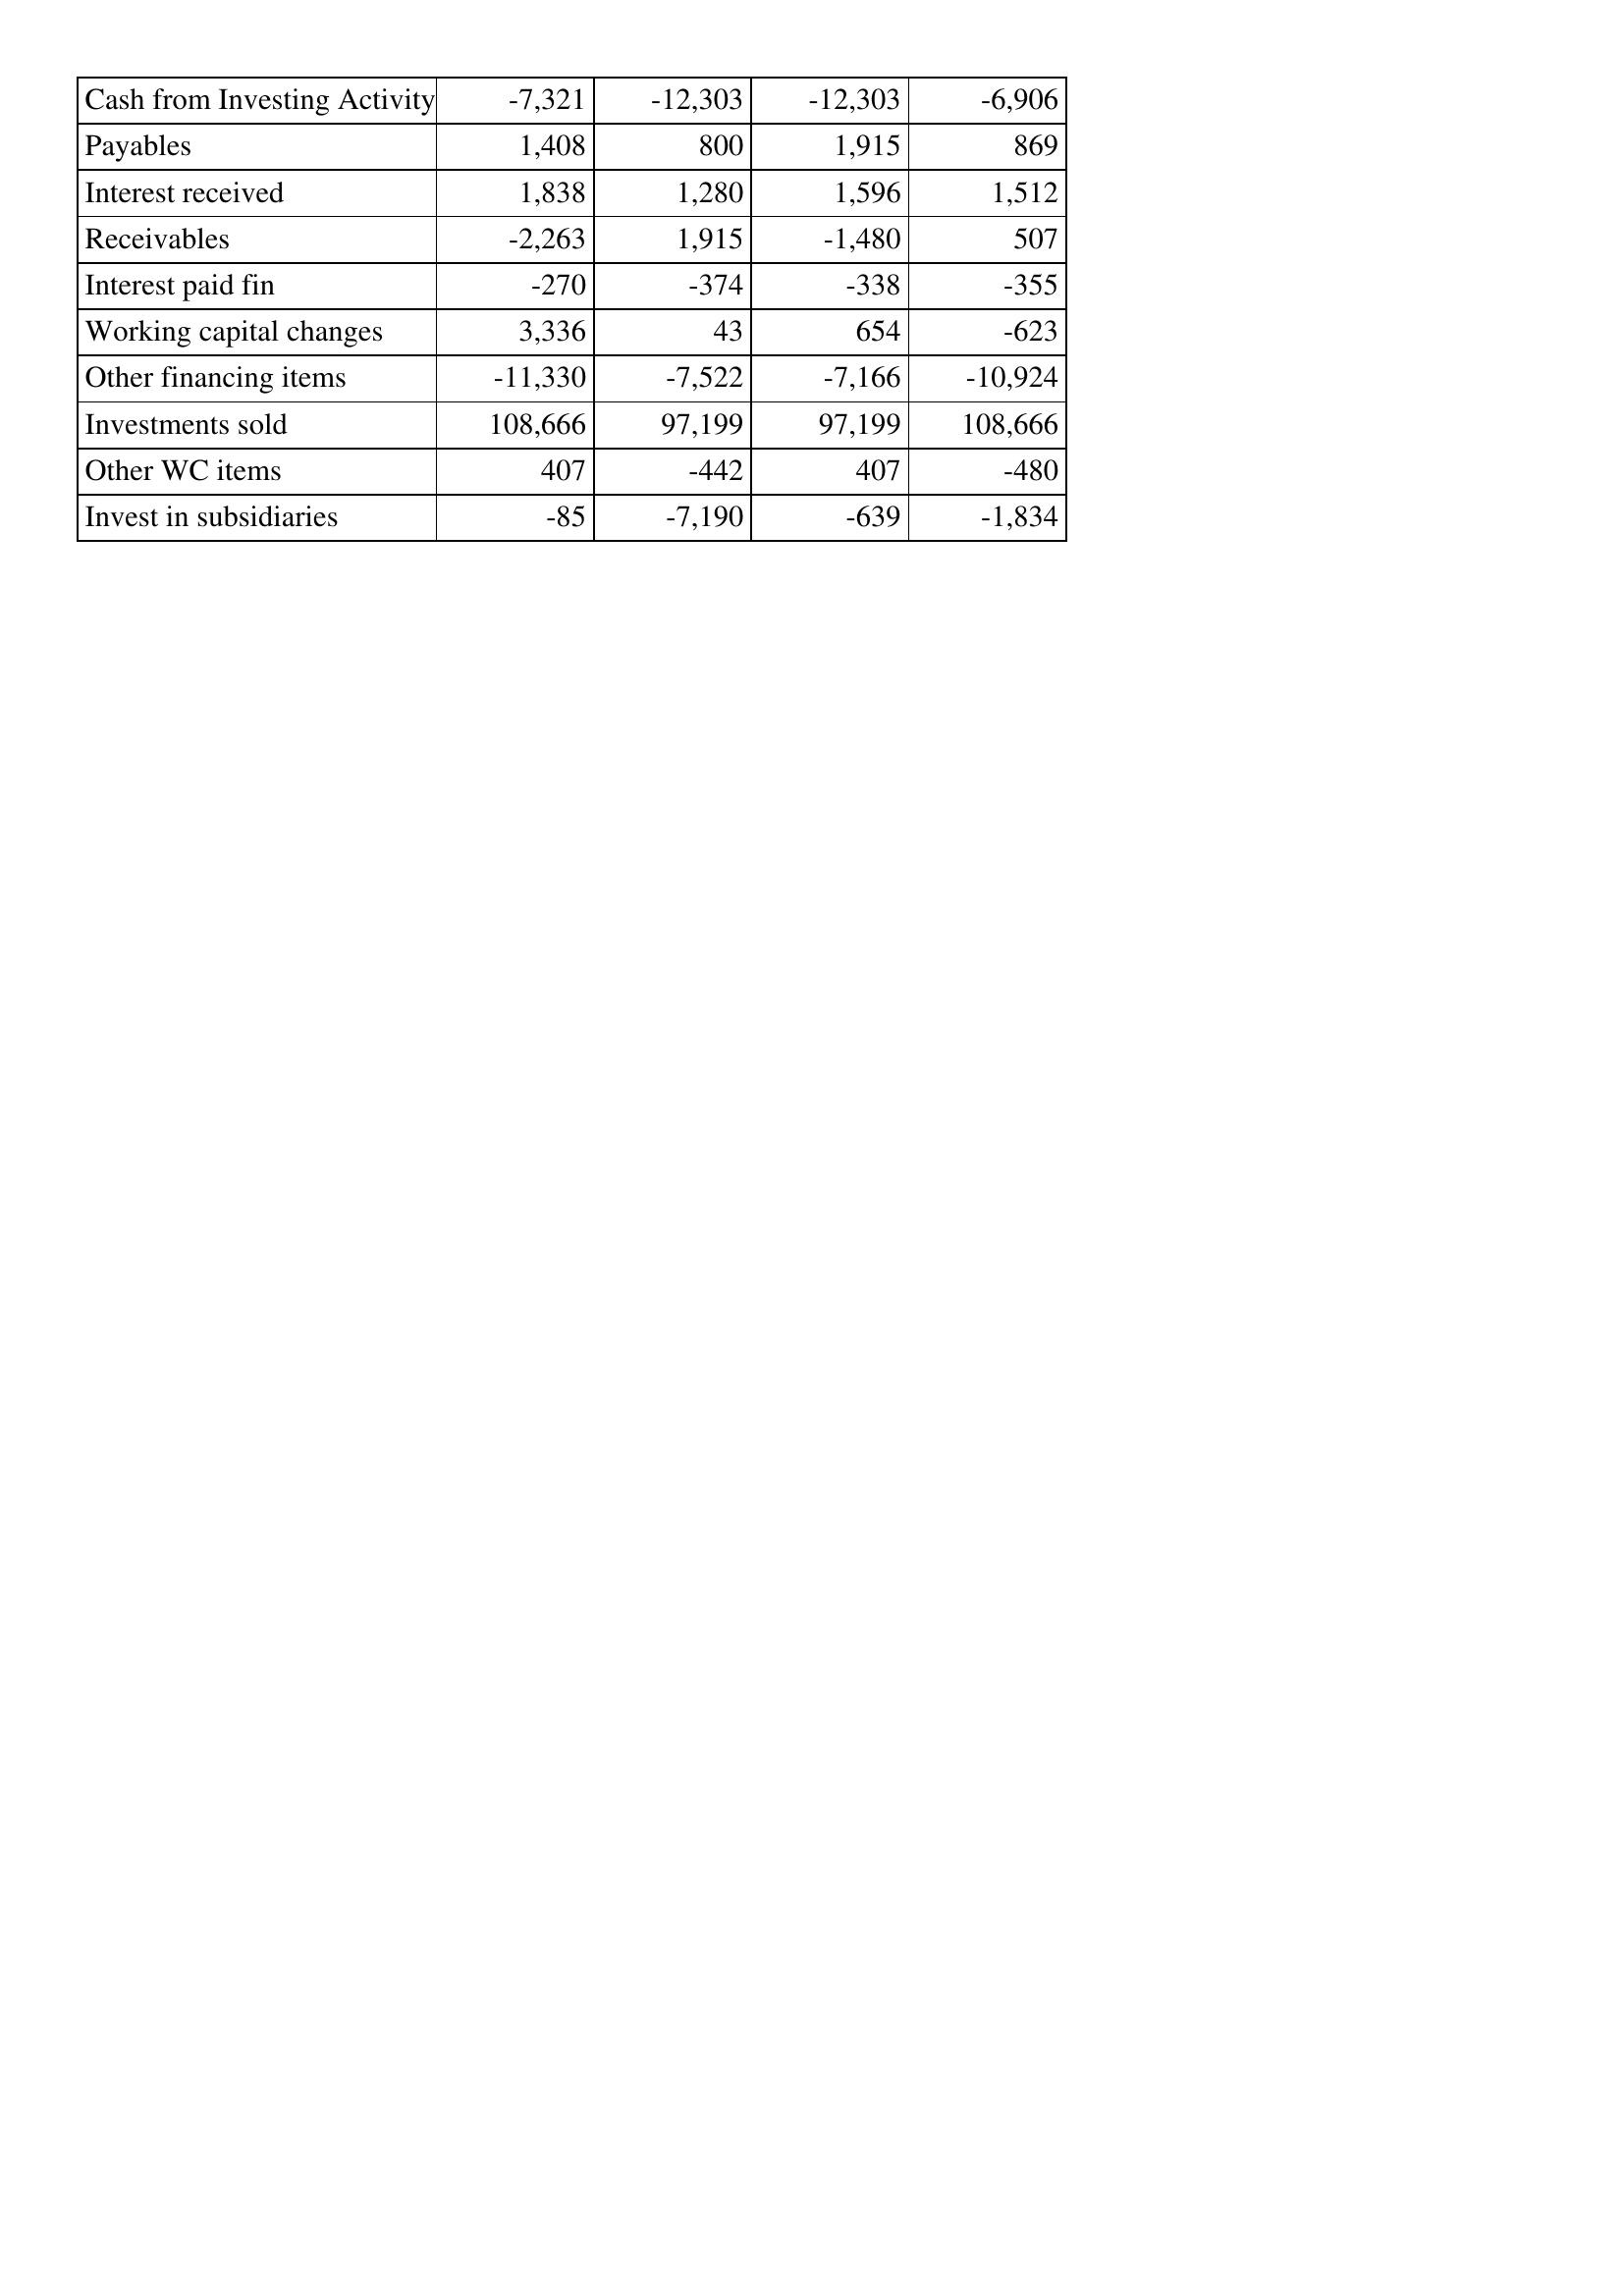
Mar-18: Cash Flows: Cash from Investing Activity: -7,321
Payables: 1,408
Interest received: 1,838
Receivables: -2,263
Interest paid fin: -270
Working capital changes: 3,336
Other financing items: -11,330
Investments sold: 108,666
Other WC items: 407
Invest in subsidiaries: -85
Mar-17: Cash Flows: Cash from Investing Activity: -12,303
Payables: 800
Interest received: 1,280
Receivables: 1,915
Interest paid fin: -374
Working capital changes: 43
Other financing items: -7,522
Investments sold: 97,199
Other WC items: -442
Invest in subsidiaries: -7,190
Mar-16: Cash Flows: Cash from Investing Activity: -12,303
Payables: 1,915
Interest received: 1,596
Receivables: -1,480
Interest paid fin: -338
Working capital changes: 654
Other financing items: -7,166
Investments sold: 97,199
Other WC items: 407
Invest in subsidiaries: -639
Mar-15: Cash Flows: Cash from Investing Activity: -6,906
Payables: 869
Interest received: 1,512
Receivables: 507
Interest paid fin: -355
Working capital changes: -623
Other financing items: -10,924
Investments sold: 108,666
Other WC items: -480
Invest in subsidiaries: -1,834